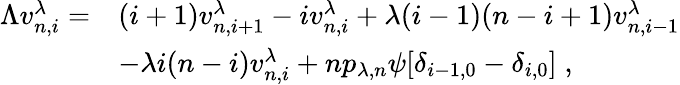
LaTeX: \begin{array}{rl}{\Lambda v_{n,i}^{\lambda}=}&{(i+1)v_{n,i+1}^{\lambda}-iv_{n,i}^{\lambda}+\lambda(i-1)(n-i+1)v_{n,i-1}^{\lambda}}\\ &{-\lambda i(n-i)v_{n,i}^{\lambda}+np_{\lambda,n}\psi[\delta_{i-1,0}-\delta_{i,0}]\; ,}\end{array}